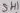
Text: SH1